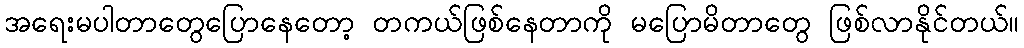
အရေးမပါတာတွေပြောနေတော့ တကယ်ဖြစ်နေတာကို မပြောမိတာတွေ ဖြစ်လာနိုင်တယ်။